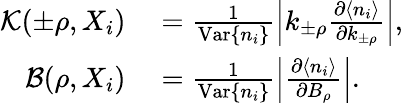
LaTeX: \begin{array}{rl}{{\mathcal K}(\pm\rho,X_{i})}&{{}=\frac{1}{\mathrm{Var}\{ n_{i}\} }\left|k_{\pm\rho}\frac{\partial\langle n_{i}\rangle}{\partial k_{\pm\rho}}\right|,}\\ {{\mathcal B}(\rho,X_{i})}&{{}=\frac{1}{\mathrm{Var}\{ n_{i}\} }\left|\frac{\partial\langle n_{i}\rangle}{\partial B_{\rho}}\right|.}\end{array}